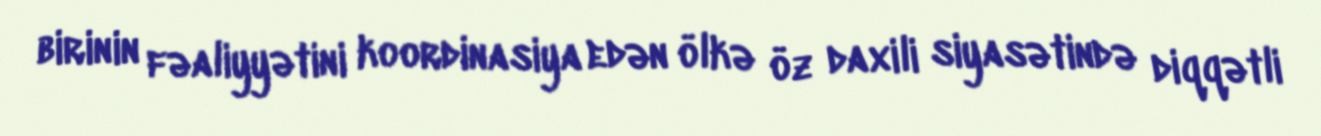
birinin fəaliyyətini koordinasiya edən ölkə öz daxili siyasətində diqqətli